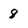
Character: 8